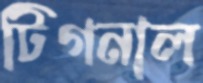
টিগনাল